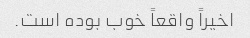
اخیراً واقعاً خوب بوده است.